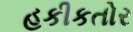
હકીકતોર